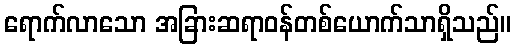
ရောက်လာသော အခြားဆရာဝန်တစ်ယောက်သာရှိသည်။